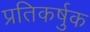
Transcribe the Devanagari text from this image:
प्रतिकर्षुक